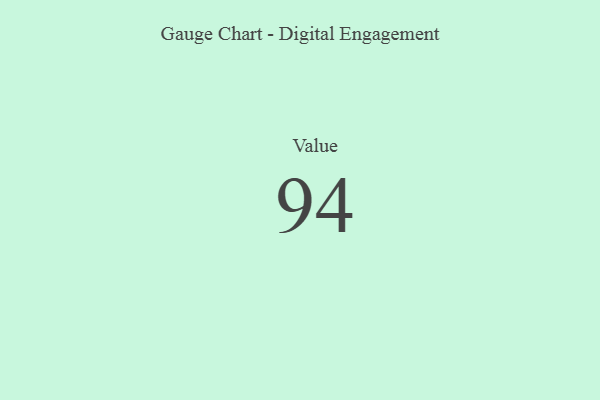
{"axis": {"x": "Metric", "y": "Value"}, "legend": [""], "data": [{"x": "Value", "y": 94, "type": ""}]}